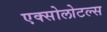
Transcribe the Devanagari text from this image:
एक्सोलोटल्स